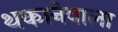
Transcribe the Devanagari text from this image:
थकानेवाला